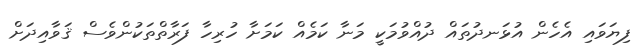
ފިޔަވައި އެހެން އުޅަނދުތައް ދުއްވުމަކީ މަނާ ކަމެއް ކަމަށާ ހުރިހާ ފަރާތްތަކުންވެސް ޤަވާއިދަށް